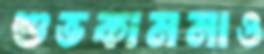
শুভকামনাও